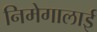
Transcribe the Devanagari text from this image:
निमेगालाई